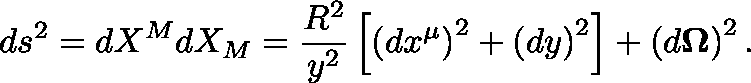
d s ^ { 2 } = d X ^ { M } d X _ { M } = \frac { R ^ { 2 } } { y ^ { 2 } } \left[ \left( d x ^ { \mu } \right) ^ { 2 } + \left( d y \right) ^ { 2 } \right] + \left( d \mathbf { \Omega } \right) ^ { 2 } .